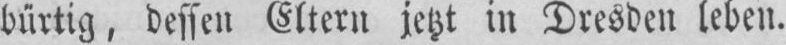
burtig, dessen Eltern jc.t in Dresdeu lebeu.